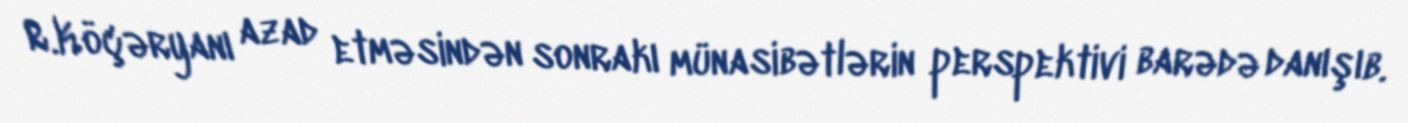
R.Köçəryanı azad etməsindən sonrakı münasibətlərin perspektivi barədə danışıb.